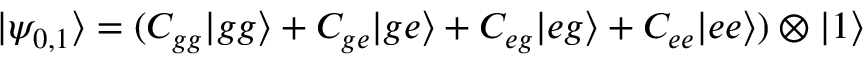
\begin{array} { r } { | \psi _ { 0 , 1 } \rangle = ( C _ { g g } | g g \rangle + C _ { g e } | g e \rangle + C _ { e g } | e g \rangle + C _ { e e } | e e \rangle ) \otimes | 1 \rangle } \end{array}